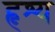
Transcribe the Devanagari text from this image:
हृश्य